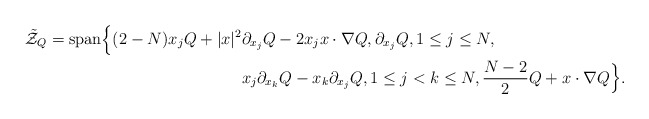
\begin{align*}\tilde{\mathcal Z}_Q = \mbox{span} \Bigl \{ (2-N)x_j Q + |x|^2 & \partial_{x_j} Q - 2 x_j x \cdot \nabla Q, \partial_{x_j} Q, 1 \leq j\leq N, \\ & x_j \partial_{x_k} Q - x_k \partial_{x_j} Q, 1 \leq j < k \leq N, \frac{N-2}{2} Q + x \cdot \nabla Q \Bigr \}.\end{align*}